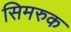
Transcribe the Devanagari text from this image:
सिमरुक